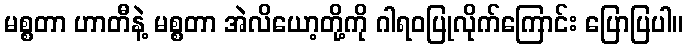
မစ္စတာ ဟာတီနဲ့ မစ္စတာ အဲလိယော့တို့ကို ဂါရဝပြုလိုက်ကြောင်း ပြောပြပါ။